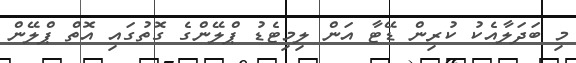
މި ބަދަލާއެކު ކުރިން ޑޭޓާ އަން ލިމިޓެޑު ޕްލޭންގެ ގޮތުގައި އޮތް ޕްލޭން